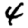
Digit: 4